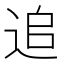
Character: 追